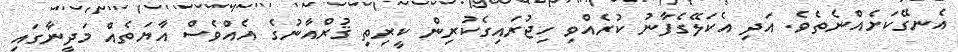
އެނގޭކަށެއްނެތެވެ. އަދި އެކަލޭގެފާނު ކުރެއްވި ހިޖުރައިގެކުރިން ކީރިތި ޤުރްއާނުގެ އެއްވެސް އާޔަތެއް މަދީނާގައި